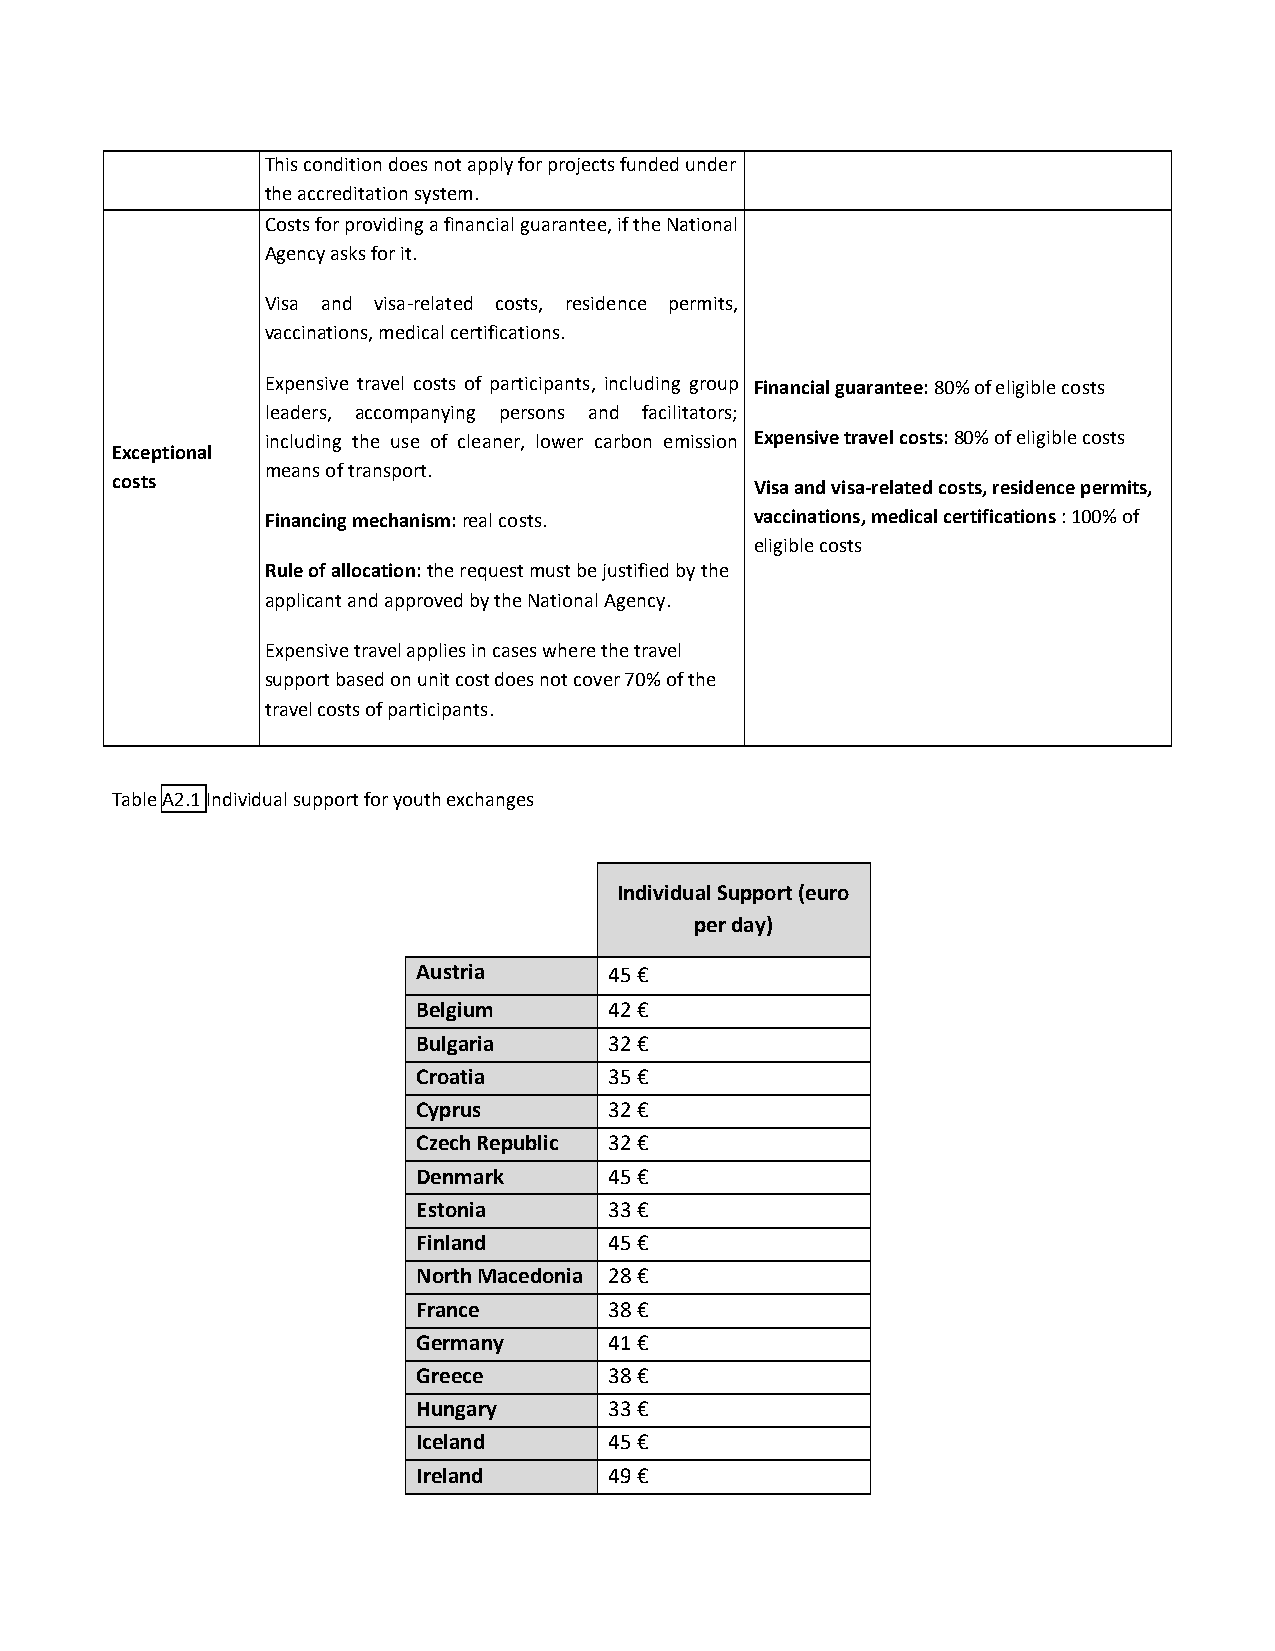
This condition does not apply for projects funded under
 the accreditation system.
 Costs for providing a financial guarantee, if the National
 Agency asks for it.
 Visa and visa-related costs, residence permits,
 vaccinations, medical certifications.
 Expensive travel costs of participants, including group Financial guarantee: 80% of eligible costs
 leaders, accompanying persons and facilitators;
 including the use of cleaner, lower carbon emission Expensive travel costs: 80% of eligible costs
 Exceptional
 means of transport.
 costs                                      Visa and visa-related costs, residence permits,
 Financing mechanism: real costs. vaccinations, medical certifications : 100% of
 eligible costs
 Rule of allocation: the request must be justified by the
 applicant and approved by the National Agency.
 Expensive travel applies in cases where the travel
 support based on unit cost does not cover 70% of the
 travel costs of participants.
 Table A2.1 Individual support for youth exchanges
 Individual Support (euro
 per day)
 Austria     45 €
 Belgium     42 €
 Bulgaria    32 €
 Croatia     35 €
 Cyprus      32 €
 Czech Republic 32 €
 Denmark     45 €
 Estonia     33 €
 Finland     45 €
 North Macedonia 28 €
 France      38 €
 Germany     41 €
 Greece      38 €
 Hungary     33 €
 Iceland     45 €
 Ireland     49 €